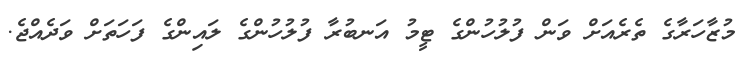
މުޒާހަރާގެ ތެރެއަށް ވަން ފުލުހުންގެ ޓީމު އަނބުރާ ފުލުހުންގެ ލައިންގެ ފަހަތަށް ވަދެއްޖެ.